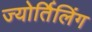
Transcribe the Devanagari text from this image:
ज्योर्तिलिंग